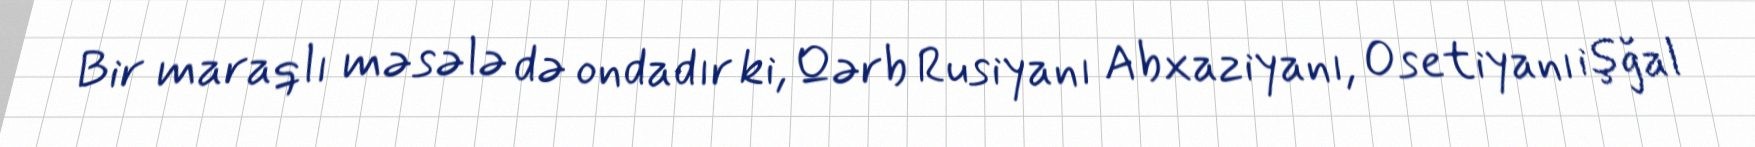
Bir maraqlı məsələ də ondadır ki, Qərb Rusiyanı Abxaziyanı, Osetiyanı işğal